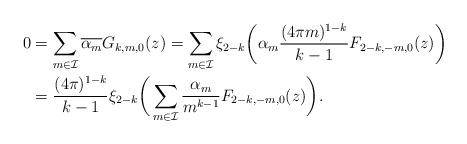
LaTeX: \begin{align*}0 &= \sum_{m \in \mathcal{I}}\overline{\alpha_m}G_{k,m,0}(z) = \sum_{m \in \mathcal{I}}\xi_{2-k}\biggl(\alpha_m \frac{(4\pi m)^{1-k}}{k-1}F_{2-k,-m,0}(z)\biggr)\\&= \frac{(4\pi)^{1-k}}{k-1}\xi_{2-k} \bigg( \sum_{m \in \mathcal{I}} \frac{\alpha_m}{m^{k-1}} F_{2-k,-m,0}(z)\bigg).\end{align*}